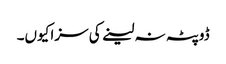
ڈوپٹہ نہ لینے کی سزا کیوں۔